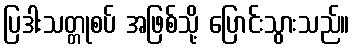
ပြဒါးသတ္တုစပ် အဖြစ်သို့ ပြောင်းသွားသည်။